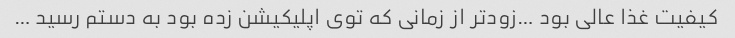
کیفیت غذا عالی بود …زودتر از زمانی که توی اپلیکیشن زده بود به دستم رسید …